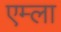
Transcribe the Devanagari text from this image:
एम्ला